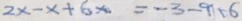
1 2 x - x + 6 x = - 3 - 9 - 6